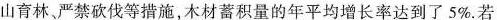
山育林、严禁砍伐等措施，木材蓄积量的年平均增长率达到了5%.若